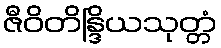
ဇီဝိတိန္ဒြိယသုတ္တံ